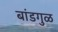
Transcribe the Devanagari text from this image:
बांडगुळ